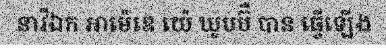
នាវីឯក អាម៉េឌេ យ៉េ ឃូបប៊ឺ បាន ធ្វើឡើង